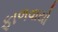
ફાળવાયો